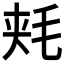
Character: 𱥠